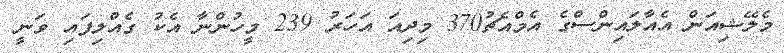
މެލޭޝިއަން އެއާލައިންސްގެ އެމްއެޗު370 މިދިއަ އަހަރު 239 މީހުންނާ އެކު ގެއްލިފައި ވަނީ